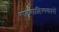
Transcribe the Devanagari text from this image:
बालसाहित्‍यकारों